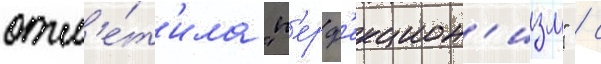
отм'е́т'ила "п'ерф'екцион'изм" / с